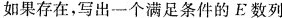
如果存在，写出一个满足条件的F数列